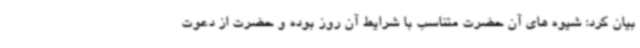
بیان کرد: شیوه های آن حضرت متناسب با شرایط آن روز بوده و حضرت از دعوت